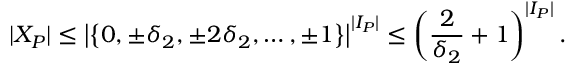
| X _ { P } | \leq \left| \left\{ 0 , \pm \delta _ { 2 } , \pm 2 \delta _ { 2 } , \dots , \pm 1 \right\} \right| ^ { | I _ { P } | } \leq \left( \frac { 2 } { \delta _ { 2 } } + 1 \right) ^ { | I _ { P } | } .